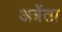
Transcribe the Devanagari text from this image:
अत्रेंता